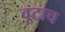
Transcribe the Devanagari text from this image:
वूटाच